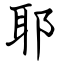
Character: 耶